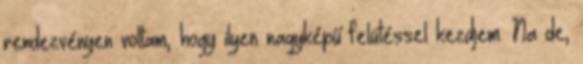
rendezvényen voltam, hogy ilyen nagyképű felütéssel kezdjem. Na de,